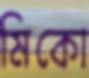
মিকো